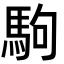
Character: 駒